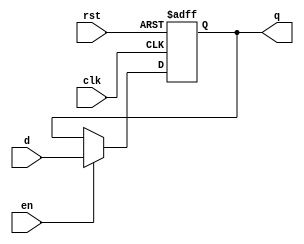
 /*                                                                      
 Copyright 2017 Silicon Integrated Microelectronics, Inc.                
                                                                         
 Licensed under the Apache License, Version 2.0 (the "License");         
 you may not use this file except in compliance with the License.        
 You may obtain a copy of the License at                                 
                                                                         
     http://www.apache.org/licenses/LICENSE-2.0                          
                                                                         
  Unless required by applicable law or agreed to in writing, software    
 distributed under the License is distributed on an "AS IS" BASIS,       
 WITHOUT WARRANTIES OR CONDITIONS OF ANY KIND, either express or implied.
 See the License for the specific language governing permissions and     
 limitations under the License.                                          
 */                                                                      
                                                                         
                                                                         
                                                                         
module sirv_AsyncResetReg (
                      input      d,
                      output reg q,
                      input      en,

                      input      clk,
                      input      rst);
   
   always @(posedge clk or posedge rst) begin

      if (rst) begin
         q <= 1'b0;
      end else if (en) begin
         q <= d;
      end
   end
   

endmodule // AsyncResetReg